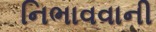
નિભાવવાની